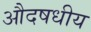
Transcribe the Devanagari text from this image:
औदषधीय